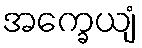
အက္ခေယျံ